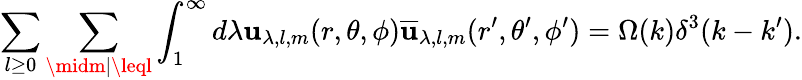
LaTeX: \sum_{l\geq0}\sum_{\midm\mid\leql}\int_{1}^{\infty}d\lambda\mathbf{u}_{\lambda,l,m}(r,\theta,\phi)\overline{{{{\mathbf{u}}}}}_{\lambda,l,m}(r^{\prime},\theta^{\prime},\phi^{\prime})=\Omega(k)\delta^{3}(k-k^{\prime}).